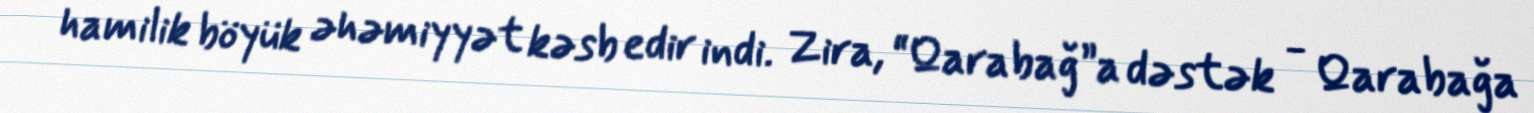
hamilik böyük əhəmiyyət kəsb edir indi. Zira, “Qarabağ”a dəstək - Qarabağa